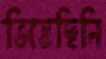
ভিজেছিলি